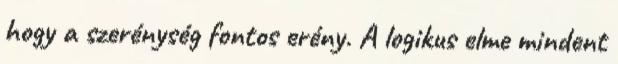
hogy a szerénység fontos erény. A logikus elme mindent